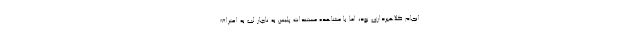
انجام کلاهبرداری بود، اما با مشاهده مستندات پلیس به ناچار لب به اعتراف